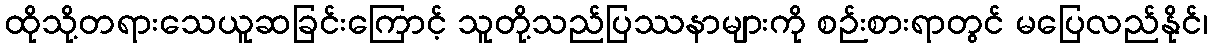
ထိုသို့တရားသေယူဆခြင်းကြောင့် သူတို့သည်ပြဿနာများကို စဉ်းစားရာတွင် မပြေလည်နိုင်၊